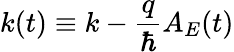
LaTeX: k(t)\equiv k-\frac{q}{\hbar}A_{E}(t)